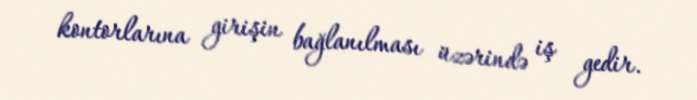
kontorlarına girişin bağlanılması üzərində iş gedir.